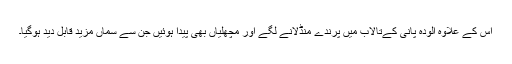
اس کے علاوہ آلودہ پانی کےتالاب میں پرندے منڈلانے لگے اور مچھلیاں بھی پیدا ہوئیں جن سے سماں مزید قابلِ دید ہوگیا۔